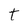
Character: t